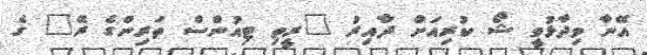
އޭނާ ވިދާޅުވީ ޝޯ ކުރިއަށް ދާއިރު "ރީތި ޓިއުންސް ތަރިންގެ ރޭ" ގެ